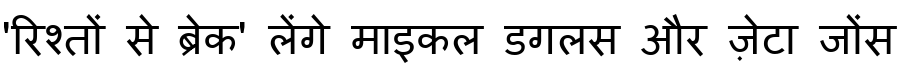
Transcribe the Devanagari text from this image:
'रिश्तों से ब्रेक' लेंगे माइकल डगलस और ज़ेटा जोंस